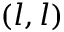
( l , l )